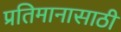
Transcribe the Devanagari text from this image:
प्रतिमानासाठी